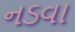
નડવા